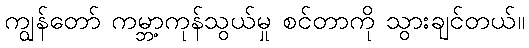
ကျွန်တော် ကမ္ဘာ့ကုန်သွယ်မှု စင်တာကို သွားချင်တယ်။